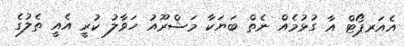
އެއަރޕޯޓް އާ ގުޅުމެއް ނެތް ބަޔަކާ މަޝްރޫއު ހަވާލު ކުރީ އެއީ ތެލުގެ